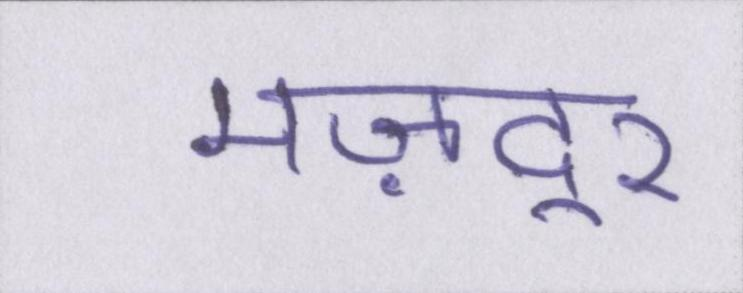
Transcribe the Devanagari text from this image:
मज़दूर